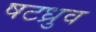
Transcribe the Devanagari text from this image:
षटध्रुव